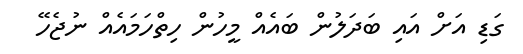
ގަޑި އަށް އައި ބަދަލުން ބައެއް މީހުން ހިތްހަމައެއް ނުޖެހޭ